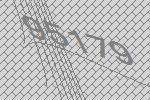
95179